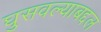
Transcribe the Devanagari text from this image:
घुसवल्याबद्दल